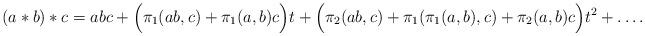
LaTeX: \begin{align*}(a*b)*c = abc + \Big(\pi_1(ab,c) + \pi_1(a,b)c\Big)t + \Big(\pi_2(ab,c) + \pi_1(\pi_1(a,b),c) + \pi_2(a,b)c\Big)t^2 + \dots .\end{align*}